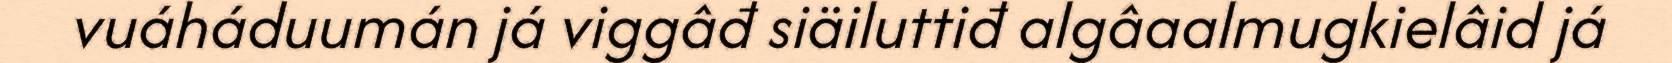
vuáháduumán já viggâđ siäiluttiđ algâaalmugkielâid já